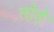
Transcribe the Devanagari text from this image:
तो़ड़े